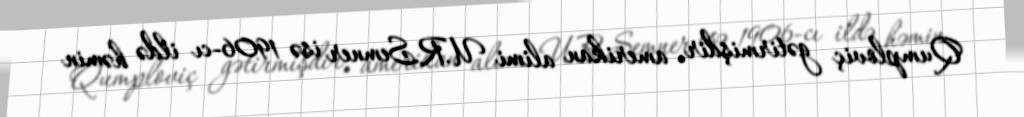
Qumploviç gətirmişdir, amerikan alimi U.R.Semner isə 1906-cı ildə həmin